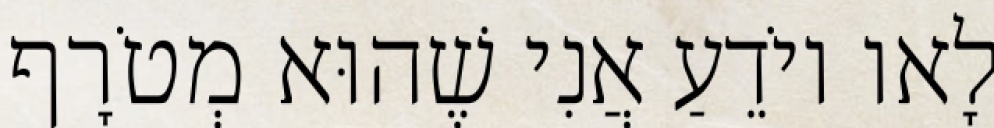
לָאו יוֹדֵעַ אֲנִי שֶׁהוּא מְטֹרָף